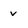
Character: v